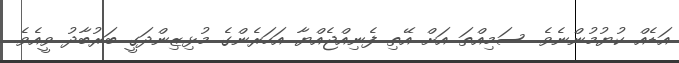
އަޑެއް ކުޔުމުންނެވެ. ސަމިއްތަ އަށް އޭތި ފެނިއްޖެއްޔާ އަހަރެންގެ މުޅިޒިންދަގީ ބަރުބާދު ވީއެވެ.